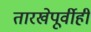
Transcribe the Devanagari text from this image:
तारखेपूर्वीही